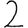
Digit: 2